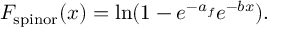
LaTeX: F _ { \mathrm { s p i n o r } } ( x ) = \ln ( 1 - e ^ { - a _ { f } } e ^ { - b x } ) .